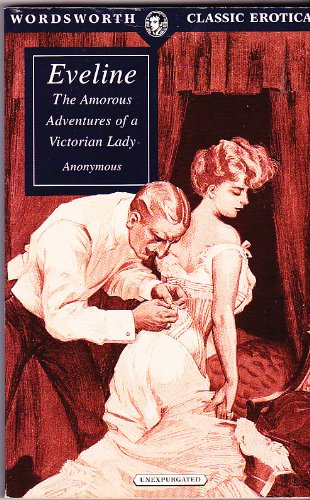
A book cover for Eveline: The Amorous Adventures of a Victorian Lady (Unexpurgated) (Wordsworth Classic Erotica); Anonymous; Romance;